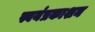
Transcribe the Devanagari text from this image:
स्वयंप्रकाशन